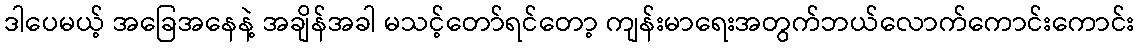
ဒါပေမယ့် အခြေအနေနဲ့ အချိန်အခါ မသင့်တော်ရင်တော့ ကျန်းမာရေးအတွက်ဘယ်လောက်ကောင်းကောင်း